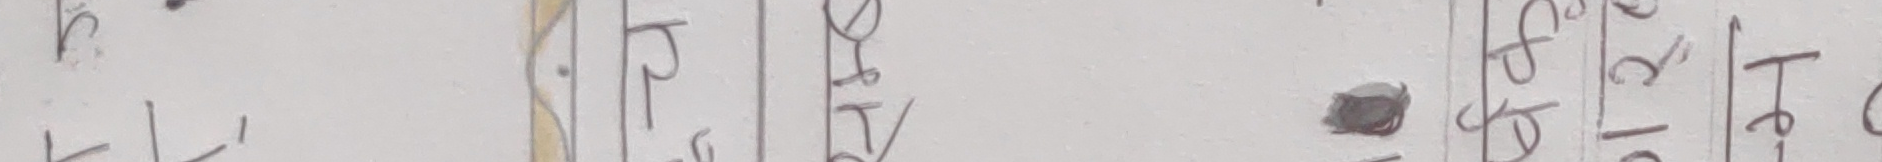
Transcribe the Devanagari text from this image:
भ पटि स १ छ
त १० पी ९० ० छ